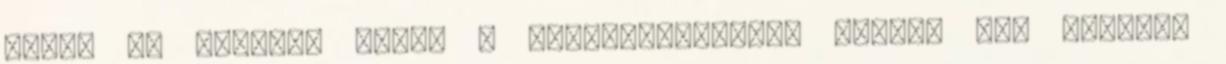
éppen rá lehetne dobni a megkülönböztető címkét Úgy látszik